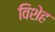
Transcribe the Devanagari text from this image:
विशेह